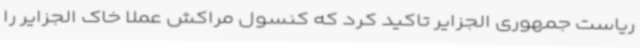
ریاست جمهوری الجزایر تاکید کرد که کنسول مراکش عملاً خاک الجزایر را